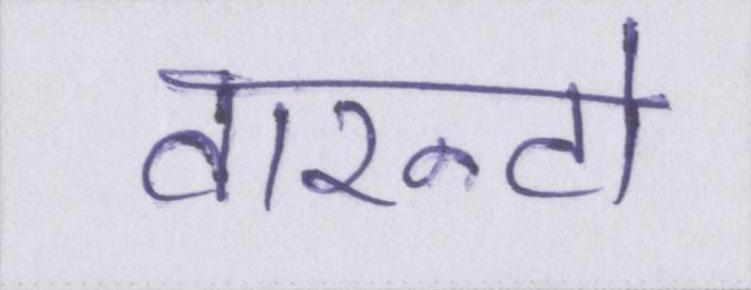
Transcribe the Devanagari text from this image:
वारन्टो